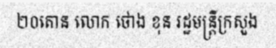
២០តោន លោក ថោង ខុន រដ្ឋមន្ត្រីក្រសួង